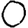
Digit: 0